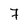
Character: 7